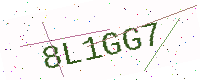
Text: 8L1GG7